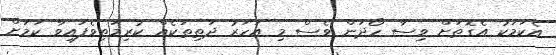
އެކަމަކު އެގޮތަށް ވިސާ ހޯދަން ވެސް މި އަަހަރު ދަތިތަކެއް ކުރިމަތިވެފައިވާ ކަމަށް